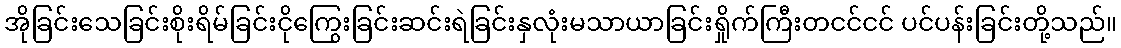
အိုခြင်းသေခြင်းစိုးရိမ်ခြင်းငိုကြွေးခြင်းဆင်းရဲခြင်းနှလုံးမသာယာခြင်းရှိုက်ကြီးတငင်ငင် ပင်ပန်းခြင်းတို့သည်။